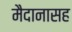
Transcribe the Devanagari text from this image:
मैदानासह